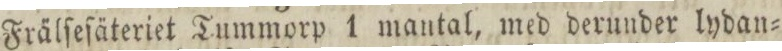
Frälſeſäteriet Tummorp 1 mantal, med derunder lydan=